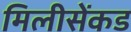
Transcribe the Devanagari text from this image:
मिलीसेंकड